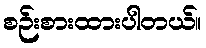
စဉ်းစားထားပါတယ်။